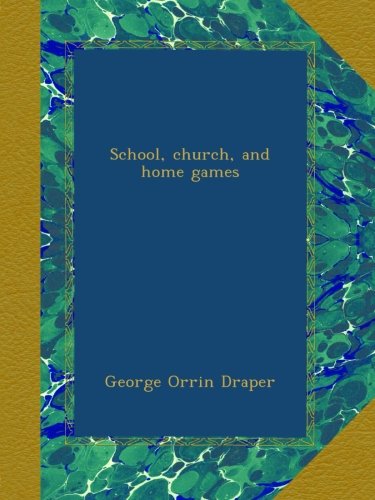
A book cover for School, church, and home games; George Orrin Draper; Sports & Outdoors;